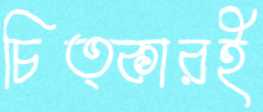
চিত্কারই